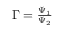
\begin{array} { r } { \Gamma = \frac { \Psi _ { 1 } } { \Psi _ { 2 } } } \end{array}